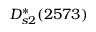
D _ { s 2 } ^ { * } ( 2 5 7 3 )